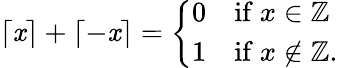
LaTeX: \lceil\mathit{x}\rceil+\lceil-\mathit{x}\rceil={\left\{ \begin{array}{ll}{0}&{{\mathrm{if~}}x\in\mathbb{Z}}\\ {1}&{{\mathrm{if~}}x\not\in\mathbb{Z}.}\end{array}\right.}